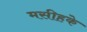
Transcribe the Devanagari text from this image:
मसीहके